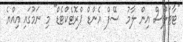
"ޓާޓަލްސް އިން ލާމު  ސޭފް އެންޑް ޕްރޮޓެކްޓެޑް" މި ނަމުގައި އިއްޔެ